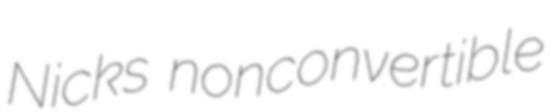
Nicks nonconvertible